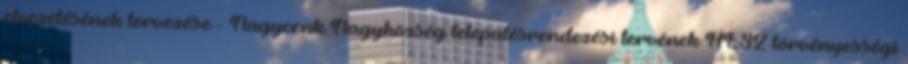
elvezetésének tervezése - Nagycenk Nagyközség településrendezési tervének HÉSZ törvényességi